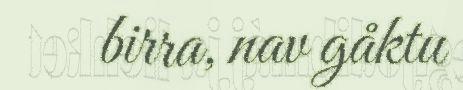
birra, nav gåktu